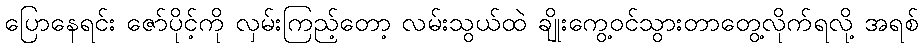
ပြောနေရင်း ဇော်ပိုင့်ကို လှမ်းကြည့်တော့ လမ်းသွယ်ထဲ ချိုးကွေ့ဝင်သွားတာတွေ့လိုက်ရလို့ အရစ်